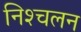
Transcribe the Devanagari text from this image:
निश्‍चलन